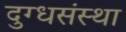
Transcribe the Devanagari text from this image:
दुग्धसंस्था